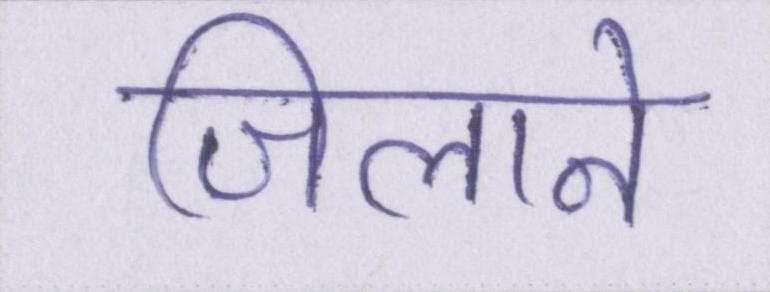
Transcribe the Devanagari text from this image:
जिलाने